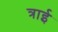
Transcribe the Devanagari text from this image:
त्राई